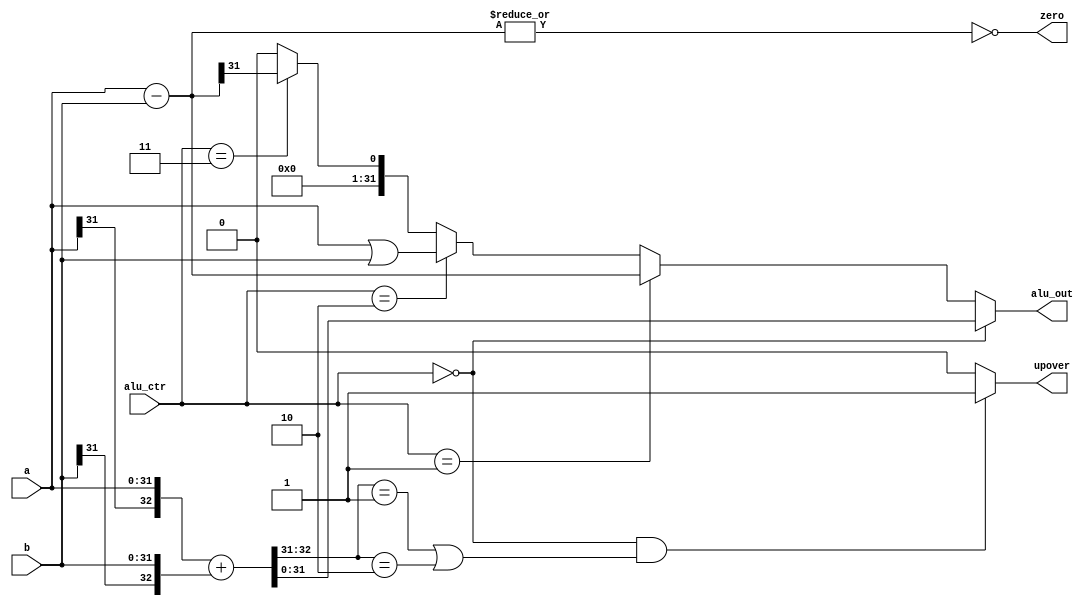
module alu (a,b,alu_ctr,alu_out,zero,upover);
    input  [31:0] a,b     ;   // input data
    input  [1:0]  alu_ctr ;   // control
    output [31:0] alu_out ;   // output data
    output        zero    ;   // zero sign
    output        upover  ;   // upwards overflow
    
    wire   [31:0] alu_out;
    wire   [31:0] sub,ori,slt;
    wire   [32:0] add;
    
    assign add={a[31],a}+{b[31],b};
    assign sub=a-b;
    assign ori=a|b;
    assign slt={31'b0,sub[31]};// a>b:0;a<b:1         
              
    assign zero=!(|sub);
    assign upover=(alu_ctr==2'b00)&&((add[32:31]==2'b01)||(add[32:31]==2'b10)) ? 1 : 0;
    
    assign alu_out=(alu_ctr==2'b00)?add[31:0]:
                   (alu_ctr==2'b01)?sub:
                   (alu_ctr==2'b10)?ori:
                   (alu_ctr==2'b11)?slt:
                                  32'b0;
    
endmodule